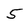
Character: 5